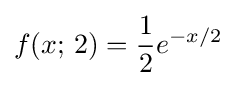
f(x;\,2)={\frac {1}{2}}e^{-x/2}